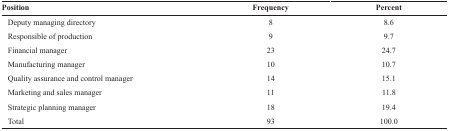
| Position | Frequency | Percent |
 | --- | --- | --- |
 | Deputy managing directory | 8 | 8.6 |
 | Responsible of production | 9 | 9.7 |
 | Financial manager | 23 | 24.7 |
 | Manufacturing manager | 10 | 10.7 |
 | Quality assurance and control manager | 14 | 15.1 |
 | Marketing and sales manager | 11 | 11.8 |
 | Strategic planning manager | 18 | 19.4 |
 | Total | 93 | 100.0 |